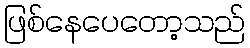
ဖြစ်နေပေတော့သည်